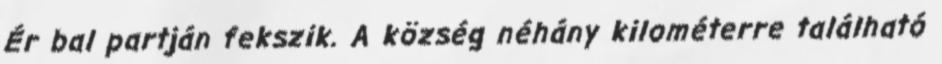
Ér bal partján fekszik. A község néhány kilométerre található